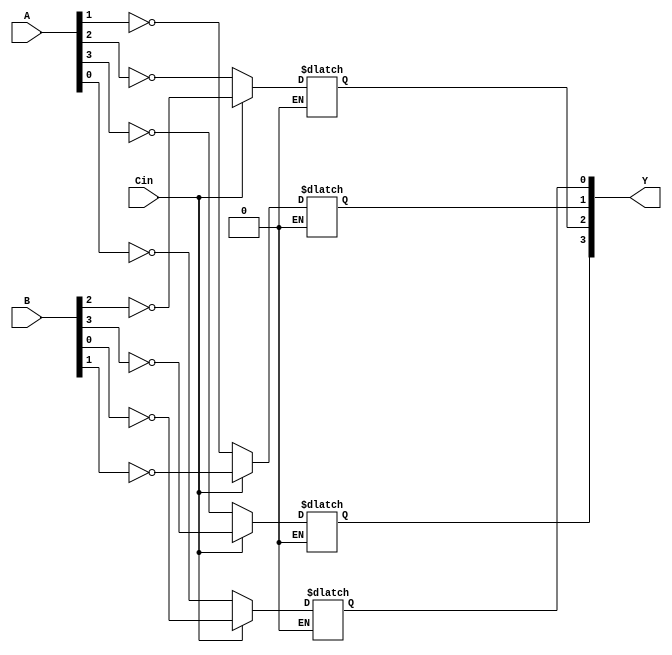
`timescale 1ns / 1ps
//////////////////////////////////////////////////////////////////////////////////
// Company: 
// Engineer: 
// 
// Design Name: 
// Module Name: Not_Verilog_P
// Project Name: 
// Target Devices: 
// Tool Versions: 
// Description: 
// 
// Dependencies: 
// 
// Revision:
// Revision 0.01 - File Created
// Additional Comments:
// 
//////////////////////////////////////////////////////////////////////////////////


module Not_Verilog_P (A, B, Y, Cin);

    parameter N = 4;
    input [N-1:0] A;
    input [N-1:0] B;
    output [N-1:0] Y;
    input Cin;
  
    reg [N-1:0] Y_reg;
    reg [N-1:0] i;
    
    always @*
    begin
     for(i = 0; i < N; i = i + 1) 
    begin:r_loop
            if (Cin == 1)
            Y_reg[i] = ~B[i];
            else if (Cin == 0)
            Y_reg[i] = ~A[i];
    end
    end
    assign Y = Y_reg;   
    
endmodule